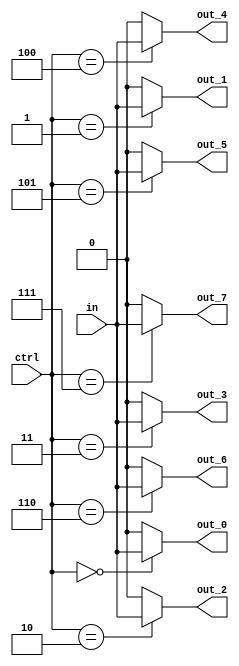
module demux_1to8 (
    input wire in,
    input wire [2:0] ctrl,
    output reg out_0,
    output reg out_1,
    output reg out_2,
    output reg out_3,
    output reg out_4,
    output reg out_5,
    output reg out_6,
    output reg out_7
);

always @(*) begin
    out_0 = (ctrl == 3'b000) ? in : 1'b0;
    out_1 = (ctrl == 3'b001) ? in : 1'b0;
    out_2 = (ctrl == 3'b010) ? in : 1'b0;
    out_3 = (ctrl == 3'b011) ? in : 1'b0;
    out_4 = (ctrl == 3'b100) ? in : 1'b0;
    out_5 = (ctrl == 3'b101) ? in : 1'b0;
    out_6 = (ctrl == 3'b110) ? in : 1'b0;
    out_7 = (ctrl == 3'b111) ? in : 1'b0;
end

endmodule